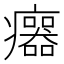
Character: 𤼅